Report on horse surra - Volume I
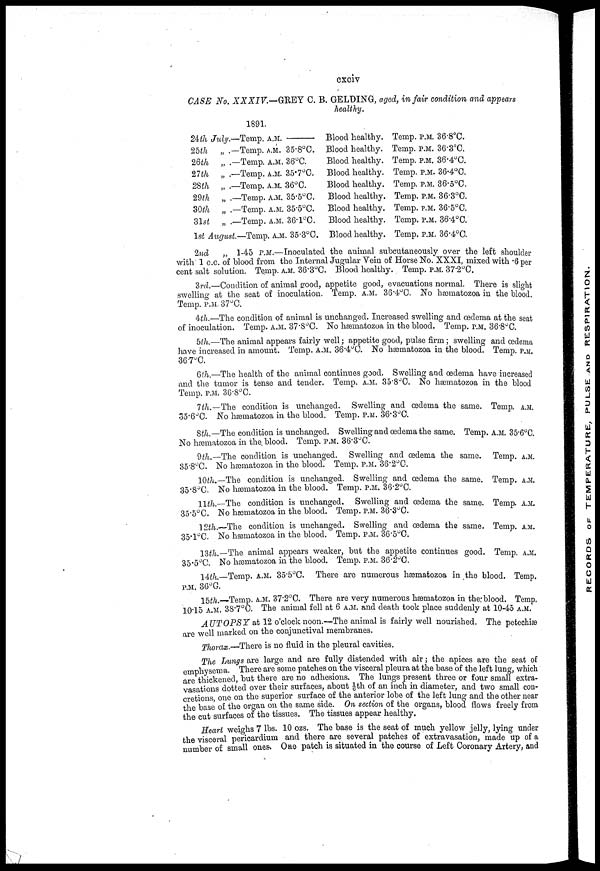
cxciv
CASE No. XXXIV.— GREY 0. B. GELDING, aged, in fair condition and appears
healthy.
24th July.-
25th
26th „ .
27th „ .
28th „ .
29th „ .
30th „ .
31st „ .
1st August
-Temp. A.M. —
-Temp. A.M. 35.8°C.
-Temp. A.M. 36°C.
-Temp. A.M. 35.7°C.
-Temp. A.M. 36°C.
-Temp. A.M. 35.5°C.
-Temp. A.M. 35.5°C.
-Temp. A.M. 36.1°C.
-Temp. A.M. 35.3°C.
Blood healthy.
Blood healthy.
Blood healthy.
Blood healthy.
Blood healthy.
Blood healthy.
Blood healthy.
Blood healthy.
Blood healthy.
Temp. P.M. 36.8°C.
Temp. P.M. 36.3°C.
Temp. P.M. 36.4°C.
Temp. P.M. 36.4°C.
Temp. P.M. 36.5°C.
Temp. P.M. 36.3°C.
Temp. P.M. 36.5°C.
Temp. P.M. 36.4°C.
Temp. P.M. 36.4°C.
2nd „ 1-45 P.M.—Inoculated the animal subcutaneously over the left shoulder
with 1 c.c. of blood from the Internal Jugular Vein of Horse No. XXXI, mixed with .6 per
cent salt solution. Temp. A.M. 36.3°C. Blood healthy. Temp. P.M. 37.2°C.
3rd.—Condition of animal good, appetite good, evacuations normal. There is slight
swelling at the seat of inoculation. Temp. A.M. 36.4°C. No hæmatozoa in the blood.
Temp. P.M. 37°C.
4th.—The condition of animal is unchanged. Increased swelling and oedema at the seat
of inoculation. Temp. A.M. 37.8°C. No hæmatozoa in the blood. Temp. P.M. 36.8°C.
5th.—The animal appears fairly well ; appetite good, pulse firm; swelling and œdema
have increased in amount. Temp. A.M. 36.4°C. No hæmatozoa in the blood. Temp. P.M.
36.7°C.
6th.—The health of the animal continues good. Swelling and oedema have increased
and the tumor is tense and tender. Temp. A.M. 35.8°C. No hæmatozoa in the blood
Temp. P.M. 36.8°C.
7th.—The condition is unchanged. Swelling and oedema the same. Temp. A.M.
35.6°C. No hæmatozoa in the blood. Temp. P.M. 36.3°C.
8th.— The condition is unchanged. Swelling and oedema the same. Temp. A.M. 35.6°C.
No hæmatozoa in the. blood. Temp. P.M. 36.3°C.
9th.—The condition is unchanged. Swelling and oedema the same. Temp. A.M.
35.8°C. No hæmatozoa in the blood. Temp. P.M. 36.2°C.
10th.—The condition is unchanged. Swelling and oedema the same. Temp. a.si.
35.8°C. No hæmatozoa in the blood. Temp. P.M. 36.2°C.
11th.—The condition is unchanged. Swelling and œdema the same. Temp. A.M.
35.5°C. No hæmatozoa in the blood. Temp. P.M. 36.3°C.
12th. The condition is unchanged. Swelling and oedema the same. Temp. am.
35.1°C. No hæmatozoa in the blood. Temp. P.M. 36.5°C.
13th.—The animal appears weaker, but the appetite continues good. Temp. A.M.
35.5°C. No hæmatozoa in the blood. Temp. P.M. 36.2°C.
14th.-Temp. A.M. 35.5°C. There are numerous hæmatozoa in the blood. Temp.
P.M. 36°C.
15th.-Temp. A.M. 37.2°C. There are very numerous hæmatozoa in the blood. Temp.
1015 A.M. 38.7°C. The animal fell at 6 A.M. and death took place suddenly at 10-45 A.M.
AUTOPSY at 12 o'clock noon.—The animal is fairly well nourished. The petechias
are well marked on the conjunctival membranes.
Thorax. There is no fluid in the pleural cavities.
The Lungs are large and are fully distended with air ; the apices are the seat of
emphysema. There are some patches on the visceral pleura at the base of the left lung, which
are thickened, but there are no adhesions. The lungs present three or four small extra-
vasations dotted over their surfaces, about 1/6th of an inch in diameter, and two small con-
cretions, one on the superior surface of the anterior lobe of the left lung and the other near
the base of the organ on the same side. On section of the organs, blood flows freely from
the cut surfaces of the tissues. The tissues appear healthy.
Heart weighs 7 lbs. 10 ozs. The base is the seat of much yellow jelly, lying under
the visceral pericardium and there are several patches of extravasation, made up of a
number of small ones.. One patch is situated in the course of Left Coronary Artery, and